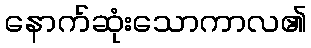
နောက်ဆုံးသောကာလ၏